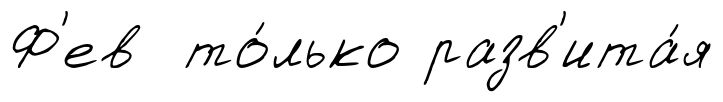
Ф'ев то́лько разв'ита́я